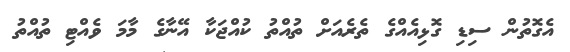
އެގޮތުން ސިޑި ގޮޅިއެއްގެ ތެރެއަށް ތުއްތު ކުއްޖަކާ އޭނާގެ މާމަ ވެއްޓި ތުއްތު